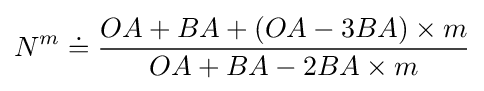
N^{m}\doteq {\frac {OA+BA+(OA-3BA)\times {m}}{OA+BA-2BA\times {m}}}